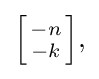
{\textstyle \left[{-n \atop -k}\right]\!,}